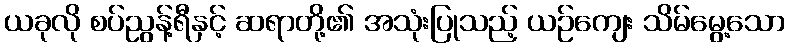
ယခုလို စပ်ညွန့်ရီနှင့် ဆရာတို့၏ အသုံးပြုသည့် ယဉ်ကျေး သိမ်မွေ့သော